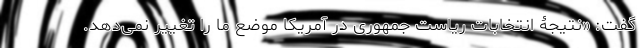
گفت: «نتیجۀ انتخابات ریاست جمهوری در آمریکا موضع ما را تغییر نمی‌دهد.